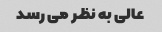
عالی به نظر می رسد